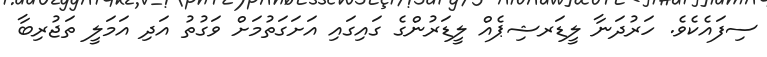
ސިފައެކެވެ. ހަރުދަނާ ލީޑަރޝިޕެއް ލީޑަރުންގެ ގައިގައި އަށަގަތުމަށް ވަގުތު އަދި އަމަލީ ތަޖުރިބާ